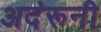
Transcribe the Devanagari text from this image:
अदंरूनी